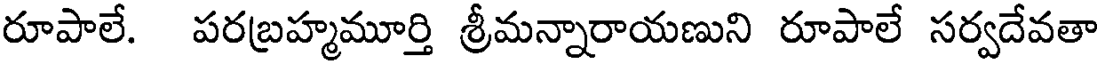
రూపాలే. పరబ్రహ్మమూర్తి శ్రీమన్నారాయణుని రూపాలే సర్వదేవతా